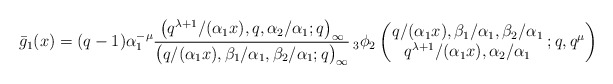
\begin{align*}\bar{g}_1(x) &= (q-1)\alpha_1^{-\mu}\frac{\big(q^{\lambda+1}/(\alpha_1 x), q, \alpha_2/\alpha_1;q\big)_{\infty}}{\big(q/(\alpha_1 x), \beta_1/\alpha_1, \beta_2/\alpha_1 ;q\big)_{\infty}} \,{}_3\phi_2 \left(\!\!\begin{array}{c} q/(\alpha_1 x), \beta_1/\alpha_1, \beta_2/\alpha_1\\ q^{\lambda+1}/(\alpha_1 x), \alpha_2/\alpha_1 \end{array}\! ;q,q^{\mu} \right)\end{align*}